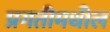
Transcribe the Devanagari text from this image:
प्रगतीमधील